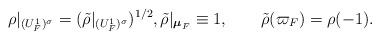
LaTeX: \begin{align*} {\rho}|_{(U_F^1)^\sigma}=(\tilde{\rho}|_{(U_F^1)^\sigma})^{1/2},\tilde{\rho}|_{\boldsymbol{\mu}_F}\equiv 1, \qquad \tilde{\rho}({\varpi_F})=\rho(-1).\end{align*}